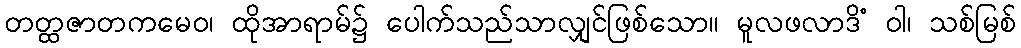
တတ္ထဇာတကမေဝ၊ ထိုအာရာမ်၌ ပေါက်သည်သာလျှင်ဖြစ်သော။ မူလဖလာဒိံ ဝါ၊ သစ်မြစ်